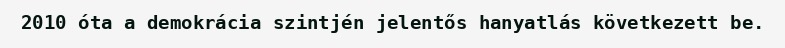
2010 óta a demokrácia szintjén jelentős hanyatlás következett be.